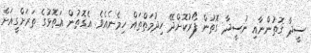
ސީދާ ގޮތުންނާއި ނުސީދާ ގޮތުން ފޯރުކޮށްދޭ ހިދުމަތްތައް ހިމެނެއެވެ. އެގޮތުން އަތޮޅުގެ ތަރަށްގީއަށް